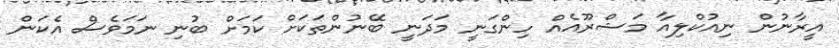
އީރާނުން ނިއުކްލިއާ މަޝްރޫއެއް ހިންގަނީ މަދަނީ ބޭނުންތަކަށް ކަމަށް ބުނި ނަމަވެސް އެކަން